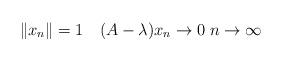
LaTeX: \begin{align*}\|x_n\|=1 \quad(A - \lambda)x_n\to 0 \;n\to\infty\end{align*}